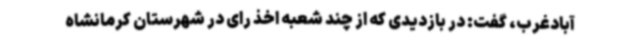
آبادغرب، گفت: در بازدیدی که از چند شعبه اخذ رای در شهرستان کرمانشاه